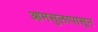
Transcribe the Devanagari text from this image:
आमसुलापासून